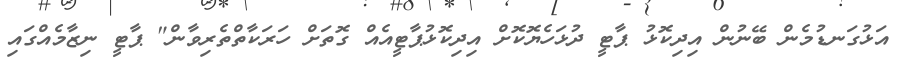
އަޅުގަނޑުމެން ބޭނުން އިދިކޮޅު ޕާޓީ ދުޅަހެޔޮކޮށް އިދިކޮޅުޕާޓީއެއް ގޮތަށް ހަރަކާތްތެރިވާން" ޕާޓީ ނިޒާމެއްގައި